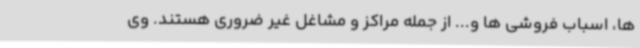
ها، اسباب فروشی ها و... از جمله مراکز و مشاغل غیر ضروری هستند. وی